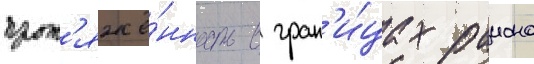
прот'яжё́нность в гран'и́цах раиона